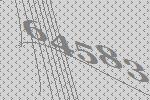
64583